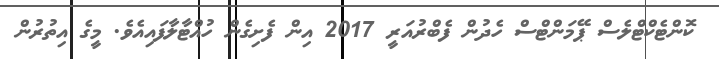
ކޮންޓެކްޓްލެސް ޕޭމަންޓްސް ހެދުން ފެބްރުއަރީ 2017 އިން ފެށިގެން ހުއްޓާލާފައިއެވެ. މީގެ އިތުރުން